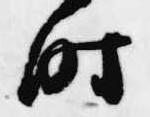
時